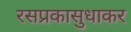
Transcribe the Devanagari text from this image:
रसप्रकासुधाकर